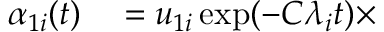
\begin{array} { r l } { \alpha _ { 1 i } ( t ) } & { { } = u _ { 1 i } \exp ( - C \lambda _ { i } t ) \times } \end{array}